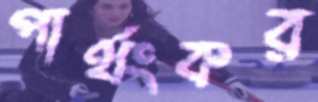
পার্থংকর